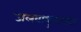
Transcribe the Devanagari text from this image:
जलवायुमानात